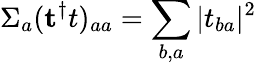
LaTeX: \Sigma_{a}({\mathbf t^{\dagger}t})_{aa}=\sum_{b,a}|t_{ba}|^{2}